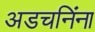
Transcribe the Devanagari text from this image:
अडचनिंना